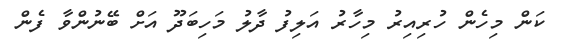
ކަން މިހެން ހުރިއިރު މިހާރު އަލިފު ދާލު މަހިބަދޫ އަށް ބޭނުންވާ ފެން